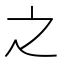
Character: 之